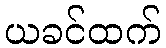
ယခင်ထက်